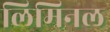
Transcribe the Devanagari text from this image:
लिमिनल